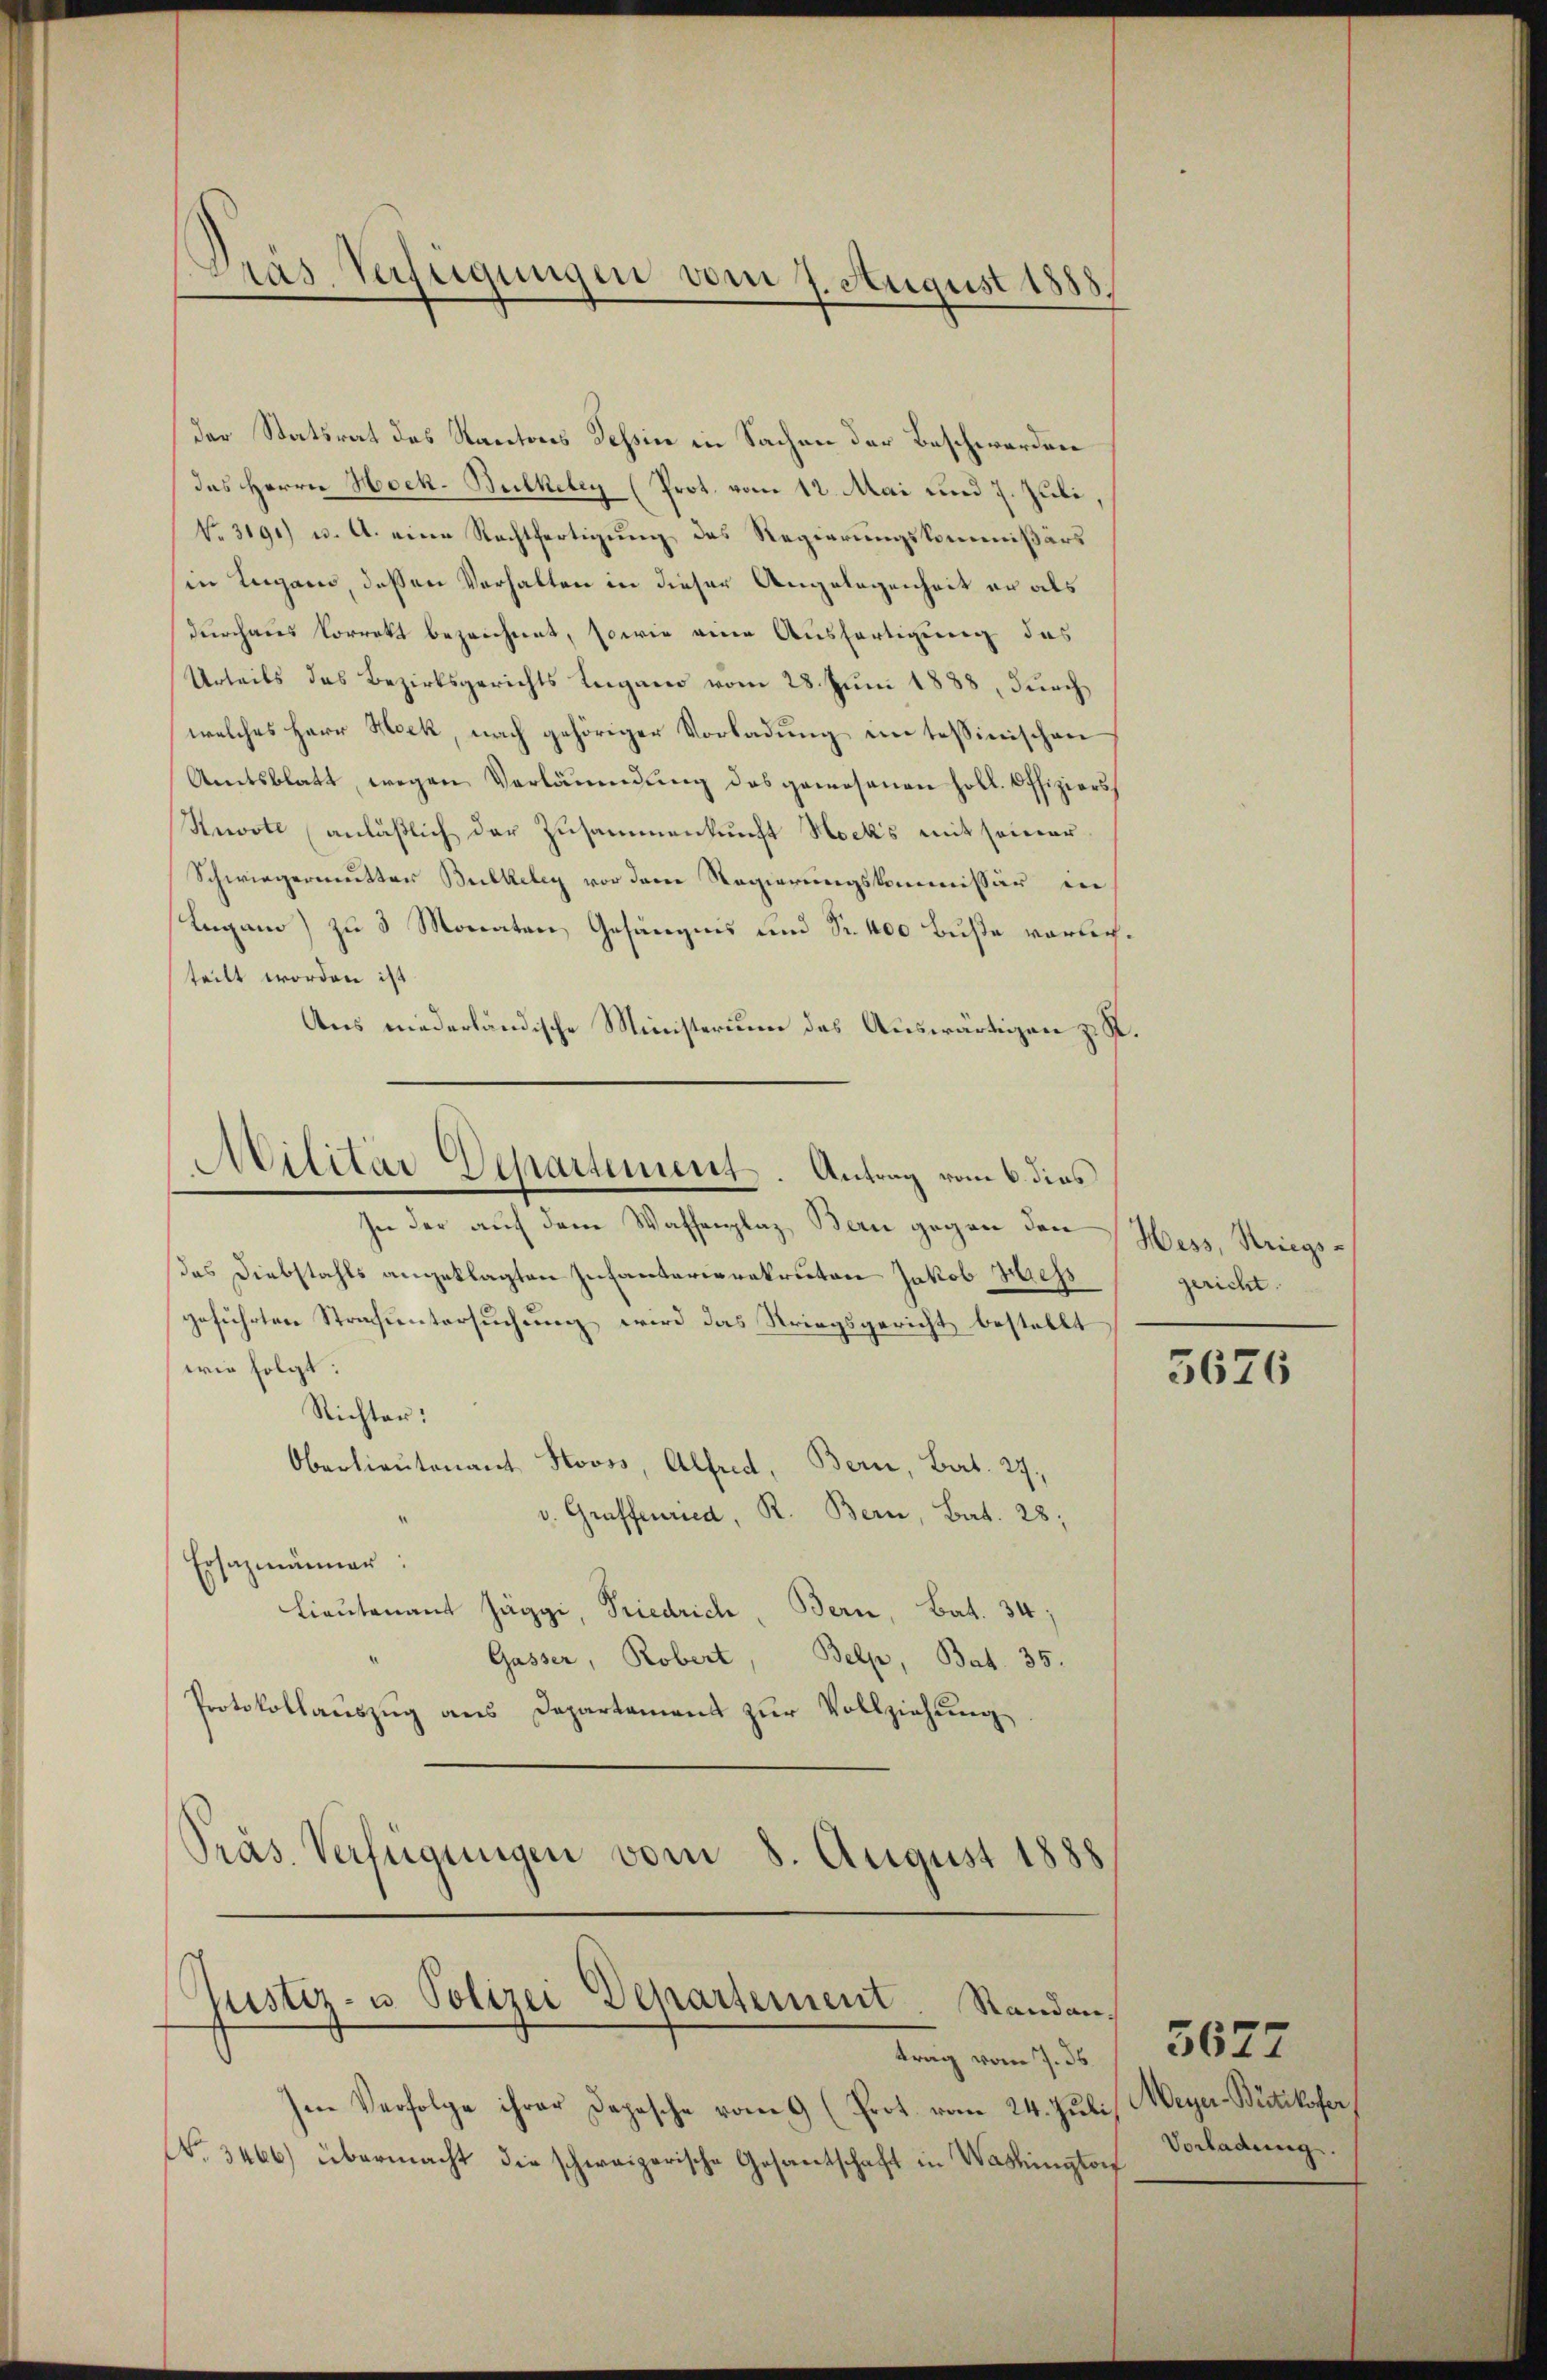
Pras Verfügungen vom 7. August 1888.

der Statsrat des Kantons Tessin in Sachen der Beschwerden
das Herrn Hoch-Bulkeley (Prot. vom 12. Mai und 7. Juli,
No. 3191) u. A. eine Rechtfertigung des Regierungskommißärs
in Lugano, dessen Verhalten in dieser Angelegenheit er als
durchaus korrekt bezeichnet, sowie eine Ausfertigung des
Urteils das Bezirksgerichts Lugano vom 28. Juni 1888, durch
welches Herr Hock, nach gehöriger Vorladung im tessinischen
Amtsblatt, wegen Verländŭng des gewesenen holl. Offiziers¬
Knote anläßlich der Zusammenkunft Nock’s mit seiner
Schwiegermutter Bulkeley vor dem Regierungskommissär in
Lugano) zu 3 Monaten Gefängnis und Sr. 400 Buße vorlechteilt worden ist.
Aus niederländische Ministerium des Auswärtigen z. R.
Militär-Departement. Antrag vom 6. dies
In der auf dem Waffenplaz Bern gegen den Hess, Striegsdas Diebstahls angeklagten Infanterierekruten Jakob Hess
geführten Strafuntersuchung wird das Striegsgericht bestellt
wie folgt:
Richter:
Oberlieŭtenant Stooss, Alfred, Bern, Bat. 27,
v. Graffenried, R. Bern, Bat. 28;
Ersatzmänner:
Lieutenant Jäggi, Friedrich, Bern, Bat. 34;
Gasser, Robert Belp, Bat. 35.
Protokollauszug aus Departement zur Vollziehung
Präs. Verfügungen vom 8. August 1888

Justiz- u. Polizei Departement. Standantrag vom 7. 36.

gericht.

sen Verfolge ihrer Depesche vom 9 (Prot. vom 24. Jŭli Weyer-Betikofer
No. 3466) übermacht die schweizerische Gesantschaft in Washingtorf

3676

Vorladung.

5677